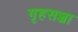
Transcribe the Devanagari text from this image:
गृहसज्जा